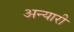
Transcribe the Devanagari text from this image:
अन्यारी